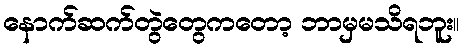
နောက်ဆက်တွဲတွေကတော့ ဘာမှမသိရဘူး။